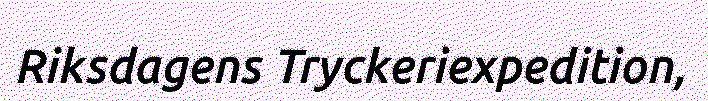
Riksdagens Tryckeriexpedition,